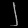
Digit: ၂